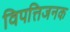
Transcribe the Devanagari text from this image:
विपत्तिजनक